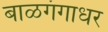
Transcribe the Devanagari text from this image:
बाळगंगाधर